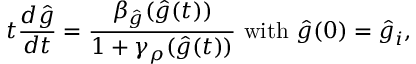
t { \frac { d \hat { g } } { d t } } = { \frac { \beta _ { \hat { g } } ( \hat { g } ( t ) ) } { 1 + \gamma _ { \rho } ( \hat { g } ( t ) ) } } \ \mathrm { w i t h } \ \hat { g } ( 0 ) = \hat { g } _ { i } ,